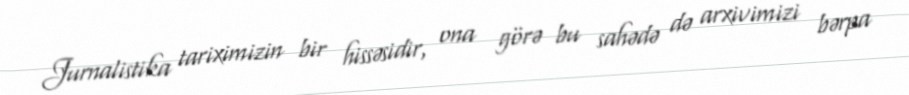
Jurnalistika tariximizin bir hissəsidir, ona görə bu sahədə də arxivimizi bərpa